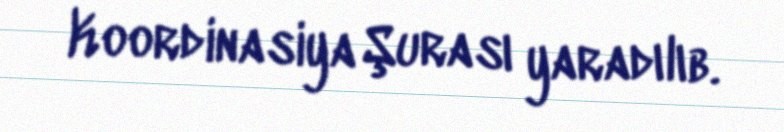
Koordinasiya Şurası yaradılıb.